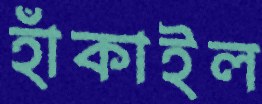
হাঁকাইল